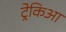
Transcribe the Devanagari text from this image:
ट्रेकिआ